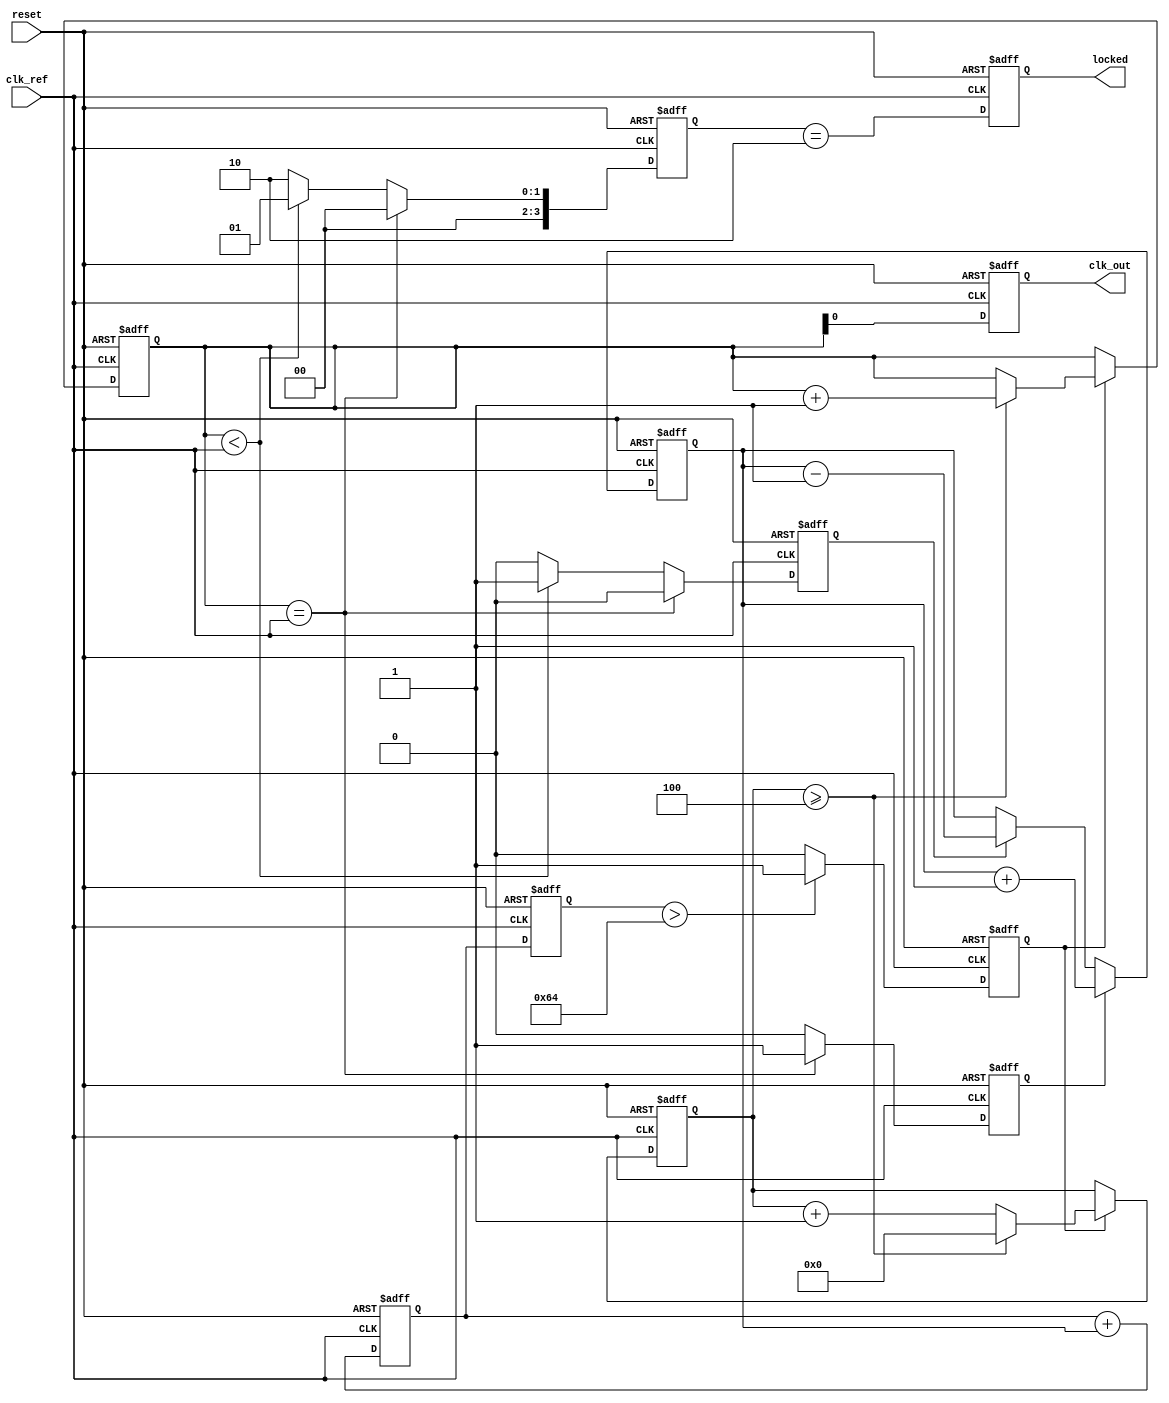
module FracN_PLL (
    input wire clk_ref,            // Reference clock input
    input wire reset,              // Asynchronous reset
    output reg clk_out,            // Output clock signal
    output reg locked              // Lock indicator
);

// Parameters
parameter N = 4;                 // Integer division ratio
parameter M = 2;                 // Fractional division ratio (for example, 1.5 = 3/2)
parameter FRACTIONAL_BITS = 2;   // Number of bits for fractional part

// Internal signals
reg [3:0] phase_error;           // Phase error signal from PFD
reg up, down;                     // Control signals from PFD
reg [15:0] charge_pump_output;   // Charge pump output voltage (control voltage for VCO)
reg [15:0] loop_filter_output;    // Output of the loop filter
reg [15:0] vco_frequency;         // VCO frequency
reg [15:0] frequency_divider;     // Frequency divider output
reg [FRACTIONAL_BITS-1:0] frac_counter; // Counter for fractional control
reg [3:0] count;                 // General purpose counter
reg vco_running;                 // VCO running state

// Phase Frequency Detector (PFD)
always @(posedge clk_ref or posedge reset) begin
    if (reset) begin
        phase_error <= 0;
        up <= 0;
        down <= 0;
    end else begin
        // Simple phase comparison for PFD logic
        if (frequency_divider == clk_ref) begin
            phase_error <= 0; // No phase error
            up <= 1;          // VCO frequency needs to increase
            down <= 0;
        end else if (frequency_divider < clk_ref) begin
            phase_error <= 1; // VCO frequency needs to decrease
            up <= 0;
            down <= 1;
        end else begin
            phase_error <= 2; // Locked condition
            up <= 0;
            down <= 0;
        end
    end
end

// Charge Pump
always @(posedge clk_ref or posedge reset) begin
    if (reset) begin
        charge_pump_output <= 0;
    end else begin
        if (up) begin
            charge_pump_output <= charge_pump_output + 1; // Increase voltage
        end else if (down) begin
            charge_pump_output <= charge_pump_output - 1; // Decrease voltage
        end
    end
end

// Loop Filter (Simple integrator for demonstration)
always @(posedge clk_ref or posedge reset) begin
    if (reset) begin
        loop_filter_output <= 0;
    end else begin
        loop_filter_output <= loop_filter_output + charge_pump_output;
    end
end

// Voltage-Controlled Oscillator (VCO)
always @(posedge clk_ref or posedge reset) begin
    if (reset) begin
        vco_running <= 0;
        vco_frequency <= 0;
    end else begin
        // Simple model for VCO frequency adjustment
        vco_frequency <= loop_filter_output; // Control voltage directly sets frequency
        if (vco_frequency > 100) begin
            vco_running <= 1; // VCO is running
        end else begin
            vco_running <= 0; // VCO is stopped
        end
    end
end

// Frequency Divider
always @(posedge clk_ref or posedge reset) begin
    if (reset) begin
        frequency_divider <= 0;
        count <= 0;
    end else begin
        if (vco_running) begin
            count <= count + 1;
            if (count >= N) begin
                frequency_divider <= frequency_divider + 1;
                count <= 0; // Reset counter
            end
        end
    end
end

// Output clock generation
always @(posedge clk_ref or posedge reset) begin
    if (reset) begin
        clk_out <= 0;
        locked <= 0;
    end else begin
        clk_out <= frequency_divider; // For demonstration purposes
        locked <= (phase_error == 2); // Locked if no phase error
    end
end

endmodule